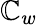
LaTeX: \mathbb{C}_{w}